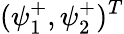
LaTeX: (\psi_{1}^{+},\psi_{2}^{+})^{T}